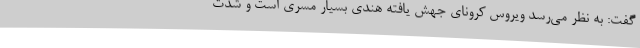
گفت: به نظر می‌رسد ویروس کرونای جهش یافته هندی بسیار مسری است و شدت